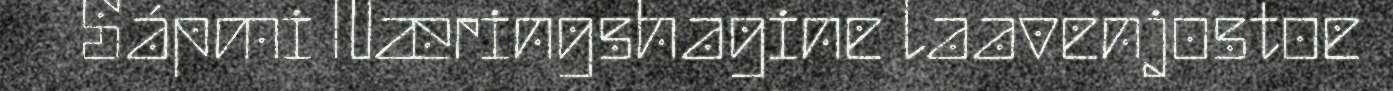
Sápmi Næringshagine laavenjostoe